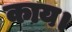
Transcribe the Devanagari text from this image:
काय।